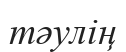
тәулің